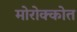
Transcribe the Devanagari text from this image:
मोरोक्कोत